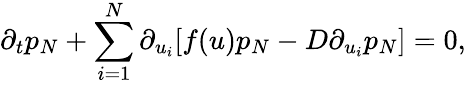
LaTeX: \partial_{t}p_{N}+\sum_{i=1}^{N}\partial_{u_{i}}[f(u)p_{N}-D\partial_{u_{i}}p_{N}]=0,